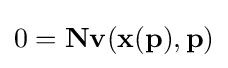
0={\bf {N}}{\bf {v}}({\bf {x}}({\bf {p}}),{\bf {p}})